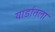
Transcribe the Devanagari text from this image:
यार्डातला